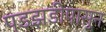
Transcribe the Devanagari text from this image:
पडझडीपासुन